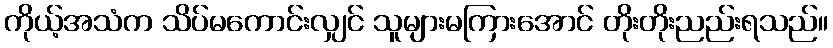
ကိုယ့်အသံက သိပ်မကောင်းလျှင် သူများမကြားအောင် တိုးတိုးညည်းရသည်။